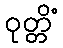
ဝုတ္တိံ